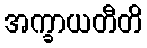
အက္ခာယတီတိ